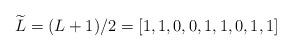
LaTeX: \begin{align*}\widetilde{L}=(L+1)/2=[1,1,0,0,1,1,0,1,1]\end{align*}